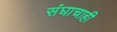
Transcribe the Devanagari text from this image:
संघाचाही